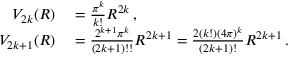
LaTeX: \begin{array} { r l } { V _ { 2 k } ( R ) } & { { } = { \frac { \pi ^ { k } } { k ! } } R ^ { 2 k } \, , } \\ { V _ { 2 k + 1 } ( R ) } & { { } = { \frac { 2 ^ { k + 1 } \pi ^ { k } } { ( 2 k + 1 ) ! ! } } R ^ { 2 k + 1 } = { \frac { 2 ( k ! ) ( 4 \pi ) ^ { k } } { ( 2 k + 1 ) ! } } R ^ { 2 k + 1 } \, . } \end{array}